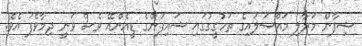
ޝިފާން މަރާލި މައްސަލައިގެ ތަހުގީގުގައި ޝައިފަންގެ ޑީއެންއޭ ވެސް ވަނީ ދިމާވެފަ އެވެ.